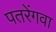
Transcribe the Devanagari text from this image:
पतरेंगवा